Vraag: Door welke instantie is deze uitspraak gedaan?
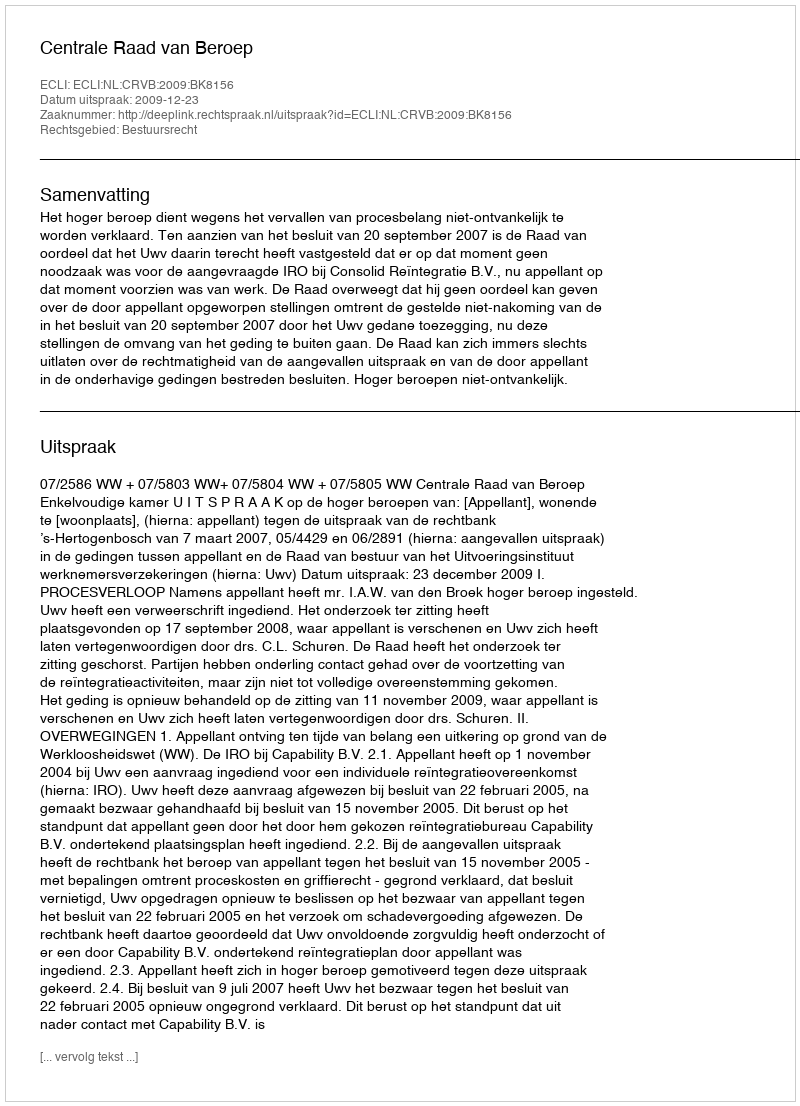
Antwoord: Centrale Raad van Beroep